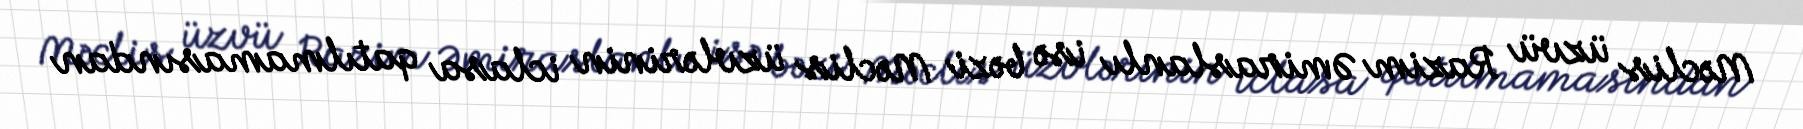
Məclis üzvü Razim Əmiraslanlı isə bəzi Məclis üzvlərinin iclasa qatılmamasından